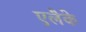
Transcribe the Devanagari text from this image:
एलैके